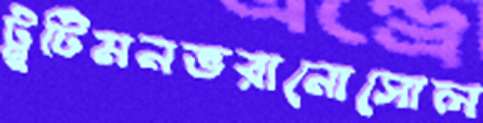
ট্রুটিমনভরানোসোল